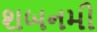
શબનમી